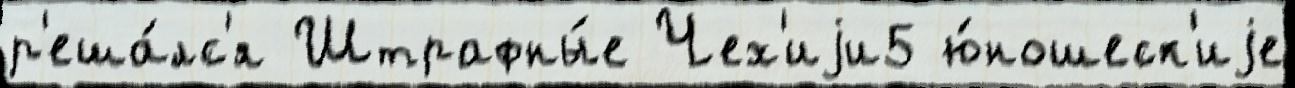
р'еша́лс'я Штрафны́е Чех'иjи5 ю́ношеск'иjе